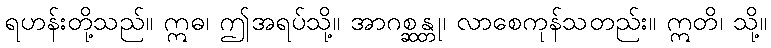
ရဟန်းတို့သည်။ ဣဓ၊ ဤအရပ်သို့။ အာဂစ္ဆန္တု၊ လာစေကုန်သတည်း။ ဣတိ၊ သို့။